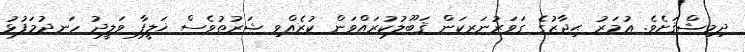
ދިމިޝްޤަށެވެ. ޢުމަރު ޙިޖާޒުގެ ގަވަރުނަރކަން ޤަބޫލުކުރައްވަން ކުރެއްވި ޝަރުޠުވެސް ޚަލީފާ ވަލީދު ހަނދުމަފުޅު